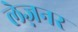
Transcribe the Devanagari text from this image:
लेज़नर